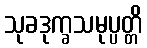
သုခဒုက္ခသမုပ္ပတ္တိ